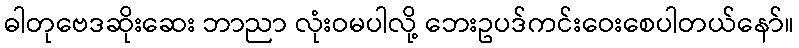
ဓါတုဗေဒဆိုးဆေး ဘာညာ လုံးဝမပါလို့ ဘေးဥပဒ်ကင်းဝေးစေပါတယ်နော်။